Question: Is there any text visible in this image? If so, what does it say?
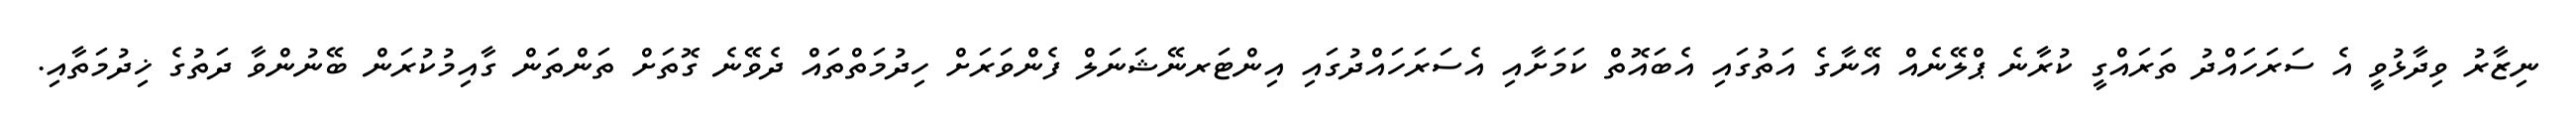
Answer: ނިޒާރު ވިދާޅުވީ އެ ސަރަހައްދު ތަރައްގީ ކުރާނެ ޕްލޭނެއް އޭނާގެ އަތުގައި އެބައޮތް ކަމަށާއި އެސަރަހައްދުގައި އިންޓަރނޭޝަނަލް ފެންވަރަށް ހިދުމަތްތައް ދެވޭނެ ގޮތަށް ތަންތަން ގާއިމުކުރަން ބޭނުންވާ ދަތުގެ ޚިދުމަތާއި.